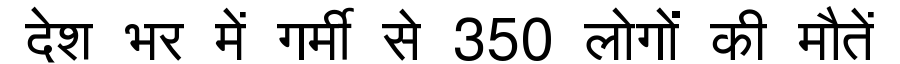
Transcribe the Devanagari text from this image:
देश भर में गर्मी से 350 लोगों की मौतें